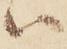
ハ